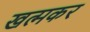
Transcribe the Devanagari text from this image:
खत्मकर